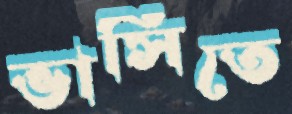
ভাসিতে